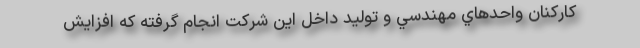
کارکنان واحدهاي مهندسي و توليد داخل اين شركت انجام گرفته كه افزايش